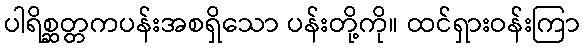
ပါရိစ္ဆတ္တကပန်းအစရှိသော ပန်းတို့ကို။ ထင်ရှားဝန်းကြာ